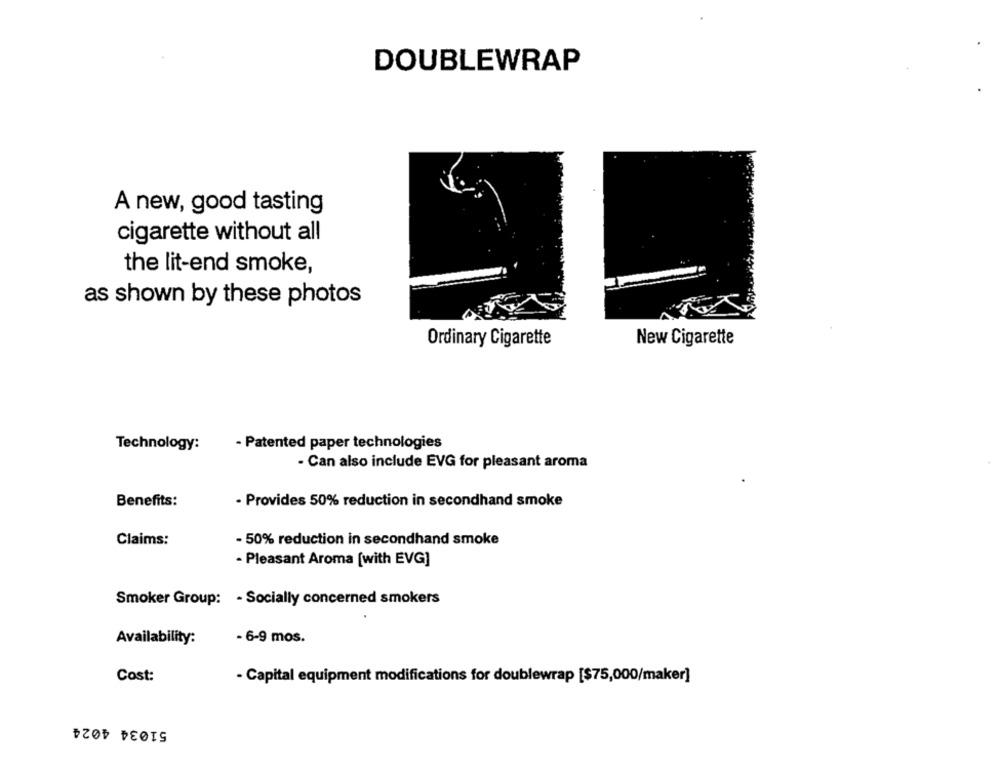
DOUBLEWRAP
A new, good tasting
cigarette without all
the lit-end smoke,
as shown by these photos
Ordinary Cigarette
New Cigarette
Technology:
- Patented paper technologies
- Can also include EVG for pleasant aroma
Benefits:
- Provides 50% reduction in secondhand smoke
- 50% reduction in secondhand smoke
Claims:
- Pleasant Aroma [with EVG]
Smoker Group: - Socially concerned smokers
Availability:
- 6-9 mos.
Cost:
- Capital equipment modifications for doublewrap [$75,000/maker]
51034 4024